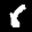
Label: 6